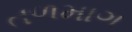
તળમાગ